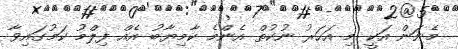
މެނަން އަކީ މި އަހަރު ނުކުތް އެންމެ ކާމިޔާބު އެއް ފިލްމު ކަމުގައިވާ